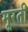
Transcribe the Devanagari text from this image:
मूरती